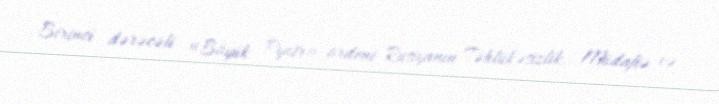
Birinci dərəcəli «Böyük Pyotr» ordeni Rusiyanın Təhlükəsizlik, Müdafiə və